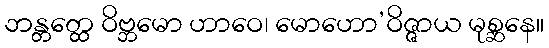
ဘန္တတ္ထေ ဝိဗ္ဘမော ဟာဝေ၊ မောဟော’ဝိဇ္ဇာယ မုစ္ဆနေ။